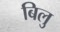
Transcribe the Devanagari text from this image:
बिलु